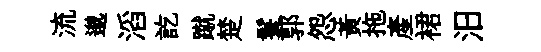
流邈滔訖蹴楚鬟郭怨黄拖産裙汨